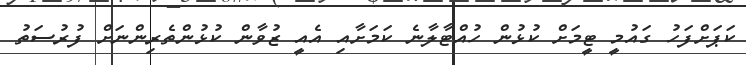
ކަޕަށްފަހު ގައުމީ ޓީމަށް ކުޅުން ހުއްޓާލާނެ ކަމަށާއި އެއީ ޒުވާން ކުޅުންތެރިންނަށް ފުރުސަތު